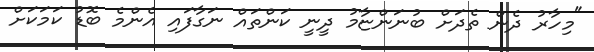
"މިހާރު ދެން ތެދަށް ބުނަންޏާމު ދީނީ ކަންތައް ނަގާފައި އެންމެ ބޮޑު ކަމަކަށް